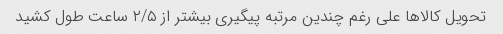
تحویل کالاها علی رغم چندین مرتبه پیگیری بیشتر از ۲/۵ ساعت طول کشید